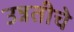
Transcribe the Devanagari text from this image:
उन्नतीचे